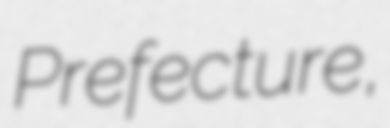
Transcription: Prefecture,